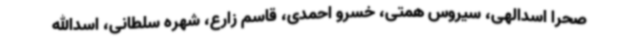
صحرا اسدالهی، سیروس همتی، خسرو احمدی، قاسم زارع، شهره سلطانی، اسدالله